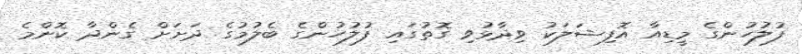
ފުލުހުންގެ މީޑިއާ އޮފިޝަލަކު ވިދާޅުވި ގޮތުގައި ފުލުހުންގެ ބެލުމުގެ ދަށަށް ގެންދާ ކޮންމެ